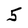
Character: 5